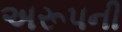
અરૂપની